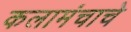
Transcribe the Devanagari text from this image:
कलामंचाचे